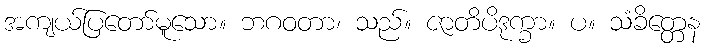
အကျယ်ပြတော်မူသော။ ဘဂဝတာ၊ သည်။ ဇာတိပိဒုက္ခာ။ ပ။ သံခိတ္တေန